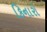
કિનારો